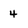
Character: 4